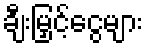
ချီးမြှင့်ငွေများ